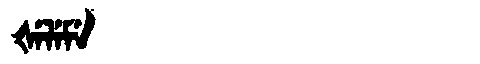
Manchu: ᡧᡝᠯᡝᠮᡝ
Romanization: ŠELEME